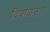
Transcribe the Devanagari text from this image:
दिवाळसण